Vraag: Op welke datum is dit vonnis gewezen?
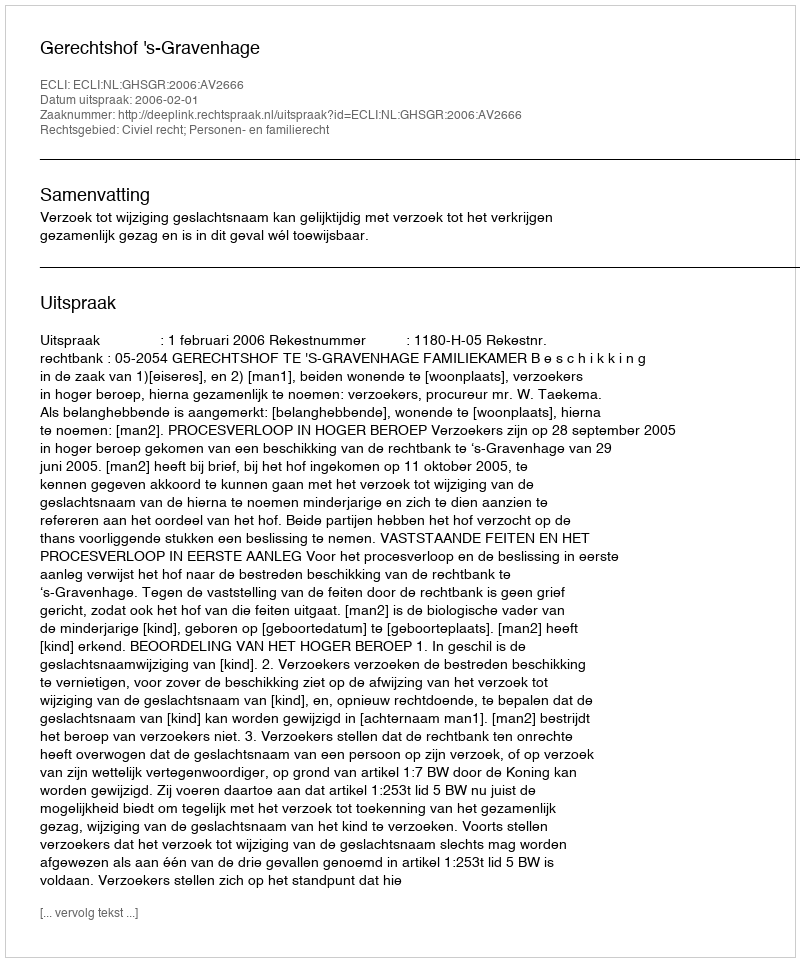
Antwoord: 2006-02-01